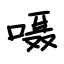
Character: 嗫